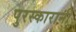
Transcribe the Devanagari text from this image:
पुरस्कारानी